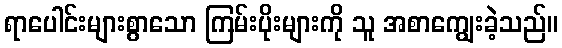
ရာပေါင်းများစွာသော ကြမ်းပိုးများကို သူ အစာကျွေးခဲ့သည်။